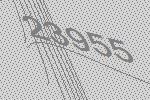
23955